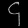
Digit: ၄